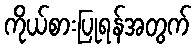
ကိုယ်စားပြုရန်အတွက်